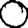
Digit: 0